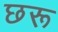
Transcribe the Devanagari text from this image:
छरू